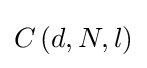
C\left(d,N,l\right)